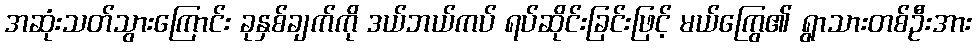
အဆုံးသတ်သွားကြောင်း ခုနှစ်ချက်ကို ဒယ်ဘယ်ကပ် ရပ်ဆိုင်းခြင်းဖြင့် မယ်ကြွေ၏ ရွာသားတစ်ဦးအား